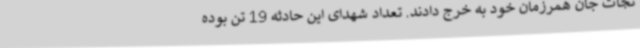
نجات جان همرزمان خود به خرج دادند. تعداد شهدای این حادثه 19 تن بوده